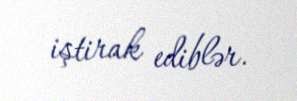
iştirak ediblər.